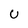
Character: U